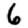
Digit: 6